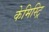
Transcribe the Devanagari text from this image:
केमिस्ट्रि